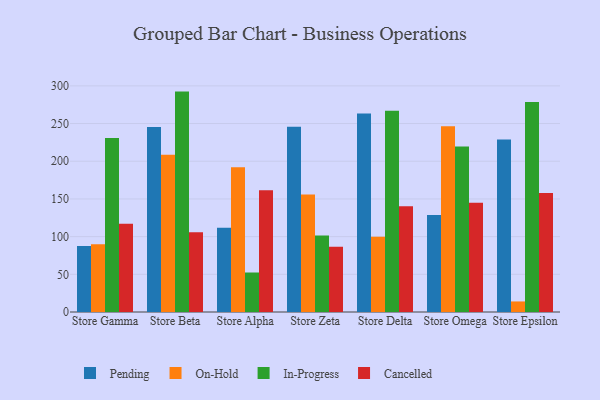
{"axis": {"x": "Store", "y": "Operating Costs (USD K)"}, "legend": ["Cancelled", "In-Progress", "On-Hold", "Pending"], "data": [{"x": "Store Gamma", "y": 87.6, "type": "Pending"}, {"x": "Store Gamma", "y": 89.8, "type": "On-Hold"}, {"x": "Store Gamma", "y": 230.8, "type": "In-Progress"}, {"x": "Store Gamma", "y": 117.1, "type": "Cancelled"}, {"x": "Store Beta", "y": 245.5, "type": "Pending"}, {"x": "Store Beta", "y": 208.6, "type": "On-Hold"}, {"x": "Store Beta", "y": 292.4, "type": "In-Progress"}, {"x": "Store Beta", "y": 105.8, "type": "Cancelled"}, {"x": "Store Alpha", "y": 111.7, "type": "Pending"}, {"x": "Store Alpha", "y": 191.9, "type": "On-Hold"}, {"x": "Store Alpha", "y": 52.4, "type": "In-Progress"}, {"x": "Store Alpha", "y": 161.6, "type": "Cancelled"}, {"x": "Store Zeta", "y": 245.7, "type": "Pending"}, {"x": "Store Zeta", "y": 156.0, "type": "On-Hold"}, {"x": "Store Zeta", "y": 101.5, "type": "In-Progress"}, {"x": "Store Zeta", "y": 86.4, "type": "Cancelled"}, {"x": "Store Delta", "y": 263.5, "type": "Pending"}, {"x": "Store Delta", "y": 99.9, "type": "On-Hold"}, {"x": "Store Delta", "y": 266.9, "type": "In-Progress"}, {"x": "Store Delta", "y": 140.2, "type": "Cancelled"}, {"x": "Store Omega", "y": 128.8, "type": "Pending"}, {"x": "Store Omega", "y": 246.3, "type": "On-Hold"}, {"x": "Store Omega", "y": 219.7, "type": "In-Progress"}, {"x": "Store Omega", "y": 144.8, "type": "Cancelled"}, {"x": "Store Epsilon", "y": 228.8, "type": "Pending"}, {"x": "Store Epsilon", "y": 14.0, "type": "On-Hold"}, {"x": "Store Epsilon", "y": 278.7, "type": "In-Progress"}, {"x": "Store Epsilon", "y": 158.0, "type": "Cancelled"}]}